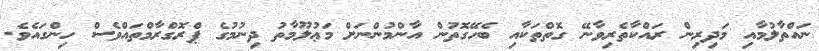
ނައްތާލުމާއި މަދިރިން ރައްކާތެރިވާނޭ ގޮތްތަކާއި ބެހޭގޮތުން އާންމުންނަށް މަޢުލޫމާތު ދިނުމުގެ ޕްރޮގްރާމްތައްވެސް ހިންގައެވެ.